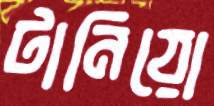
টানিয়ো